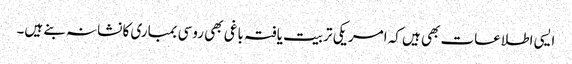
ایسی اطلاعات بھی ہیں کہ امریکی تربیت یافتہ باغی بھی روسی بمباری کا نشانہ بنے ہیں۔